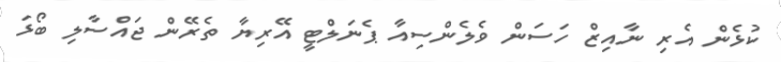
ކުޅެން އެރި ނާއިޒް ހަސަން ވެލެންސިއާ ޕެނަލްޓީ އޭރިޔާ ތެރޭން ޖައްސާލި ބޯޅަ